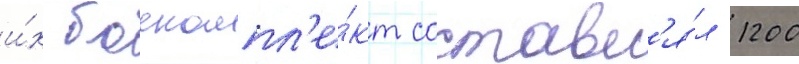
и́х боекомпл'е́кт составл'я́л 1200